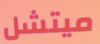
ميتشل